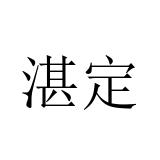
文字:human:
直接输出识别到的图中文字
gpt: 湛定